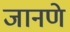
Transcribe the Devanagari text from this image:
जानणे